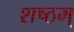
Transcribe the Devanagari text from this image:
शष्ठम्